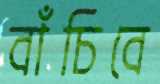
বাঁচিবে